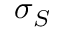
\sigma _ { S }